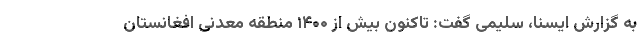
به گزارش ایسنا، سلیمی گفت: تاکنون بیش از ۱۴۰۰ منطقه معدنی افغانستان